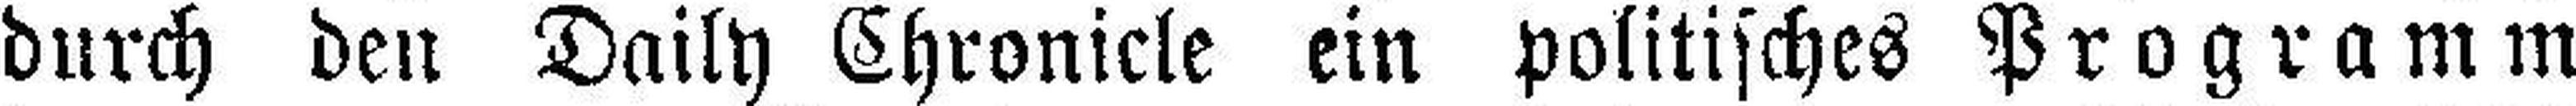
durch den Daily Chronicle ein politisches Programm